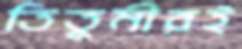
তিতুমীরই